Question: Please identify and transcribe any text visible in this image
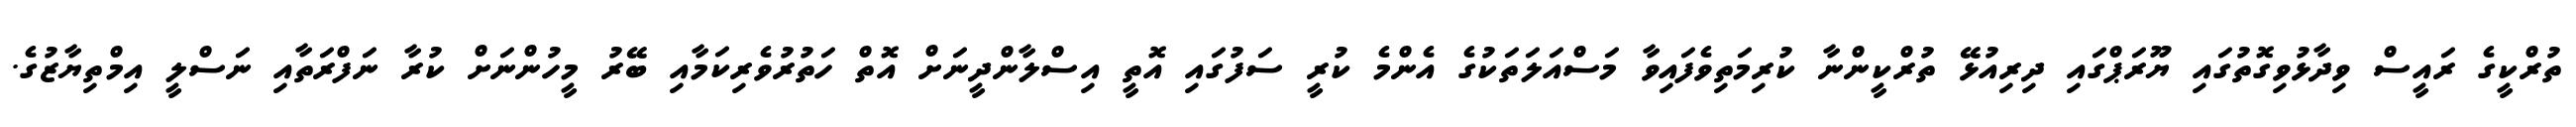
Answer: ތުރްކީގެ ރައީސް ވިދާޅުވިގޮތުގައި ޔޫރަޕްގައި ދިރިއުޅޭ ތުރްކީންނާ ކުރިމަތިވެފައިވާ މަސްއަލަތަކުގެ އެންމެ ކުރީ ސަފުގައި އޮތީ އިސްލާންދީނަށް އޮތް ހަތުރުވެރިކަމާއި ބޭރު މީހުންނަށް ކުރާ ނަފްރަތާއި ނަސްލީ އިމްތިޔާޒުގެ.